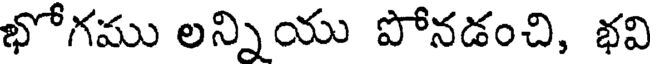
భోగము లన్నియు పోనడంచి, భవి